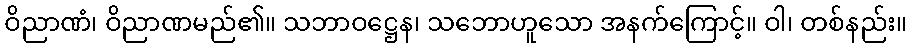
ဝိညာဏံ၊ ဝိညာဏမည်၏။ သဘာဝဋ္ဌေန၊ သဘောဟူသော အနက်ကြောင့်။ ဝါ၊ တစ်နည်း။